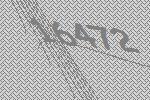
16472